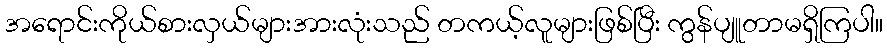
အရောင်းကိုယ်စားလှယ်များအားလုံးသည် တကယ့်လူများဖြစ်ပြီး ကွန်ပျူတာမရှိကြပါ။